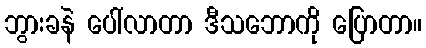
ဘွားခနဲ ပေါ်လာတာ ဒီသဘောကို ပြောတာ။